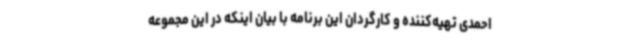
احمدی تهیه‌کننده و کارگردان این برنامه با بیان اینکه در این مجموعه